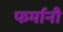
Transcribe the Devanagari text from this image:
फर्मानी